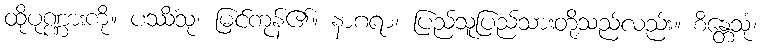
ထိုပုဏ္ဏားကို။ ပဿိံသု၊ မြင်ကုန်၏။ နာဂရာ၊ ပြည်သူပြည်သားတို့သည်လည်း။ စိန္တေသုံ၊